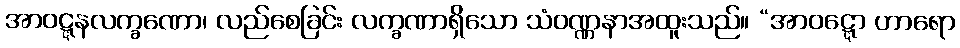
အာဝဋ္ဋနလက္ခဏော၊ လည်စေခြင်း လက္ခဏာရှိသော သံဝဏ္ဏနာအထူးသည်။ “အာဝဋ္ဋော ဟာရော